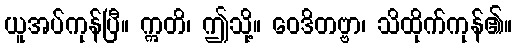
ယူအပ်ကုန်ပြီ။ ဣတိ၊ ဤသို့။ ဝေဒိတဗ္ဗာ၊ သိထိုက်ကုန်၏။